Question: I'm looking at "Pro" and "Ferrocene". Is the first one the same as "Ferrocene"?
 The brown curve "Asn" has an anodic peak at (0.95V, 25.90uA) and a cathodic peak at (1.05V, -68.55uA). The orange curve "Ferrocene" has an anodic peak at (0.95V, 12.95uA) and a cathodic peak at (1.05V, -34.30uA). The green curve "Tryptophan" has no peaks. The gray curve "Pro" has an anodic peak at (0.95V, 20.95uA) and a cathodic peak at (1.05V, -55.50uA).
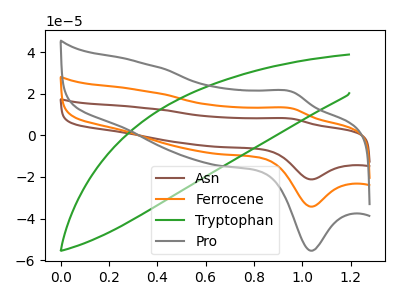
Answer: <think>All the peaks in "Pro" have a peak in "Ferrocene" at the same potential. Every peak in "Pro" is higher than every peak in "Ferrocene".
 </think>
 <answer>"Pro" and "Ferrocene" are similar in shape.</answer>
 <eval>same_shape</eval>